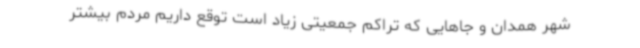
شهر همدان و جاهایی که تراکم جمعیتی زیاد است توقع داریم مردم بیشتر